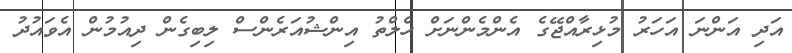
އަދި އަންނަ އަހަރު މުޅިރާއްޖޭގެ އެންމެންނަށް ހެލްތު އިންޝުއަރެންސް ލިބިގެން ދިއުމުން އެވައުދު